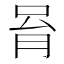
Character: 𠱮